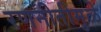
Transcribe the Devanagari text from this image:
रणनीतीमुळे